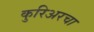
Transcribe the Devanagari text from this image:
कुरिअरचा